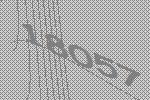
18057